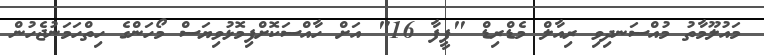
މައުލޫމާތު މުއްސަނދިވި ރިއާލް މެޑްރިޑް "ފީފާ 16" އަށް ހާއްސަކޮށްފިމޮޅުވިޔަސް މޯހަންގެ ހިތްހަމަނުޖެހުން